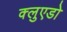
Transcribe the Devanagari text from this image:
क्लुएडो